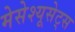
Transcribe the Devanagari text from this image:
मेसेश्यूसेट्स